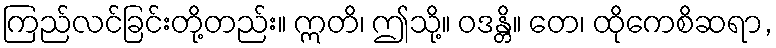
ကြည်လင်ခြင်းတို့တည်း။ ဣတိ၊ ဤသို့။ ဝဒန္တိ။ တေ၊ ထိုကေစိဆရာ,